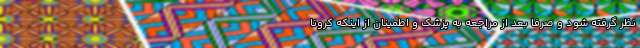
نظر گرفته شود و صرفا بعد از مراجعه به پزشک و اطمینان از اینکه کرونا